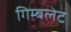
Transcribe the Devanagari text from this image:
गिम्बलेट